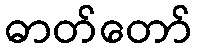
ဓာတ်တော်